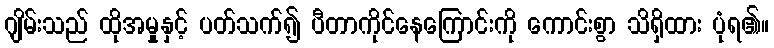
ဂျိမ်းသည် ထိုအမှုနှင့် ပတ်သက်၍ ပီတာကိုင်နေကြောင်းကို ကောင်းစွာ သိရှိထား ပုံရ၏။